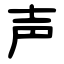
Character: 声